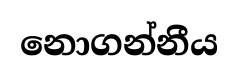
නොගන්නීය